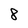
Character: 8